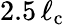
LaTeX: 2.5\, \ell_{\mathrm{c}}